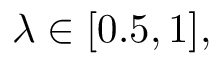
\lambda \in [ 0 . 5 , 1 ] ,